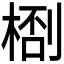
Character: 𬃙